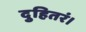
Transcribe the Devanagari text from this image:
दुहितरं।